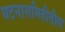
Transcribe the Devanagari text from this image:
घटनासमितीतील